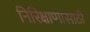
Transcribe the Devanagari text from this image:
निरिक्षाणासाठी